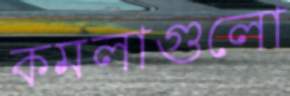
কমলাগুলো